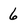
Character: 6